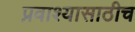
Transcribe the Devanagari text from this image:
प्रवाश्यासाठीच